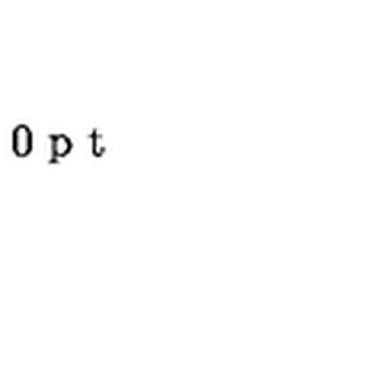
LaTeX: \vspace { 3 0 p t } \special { p s f i l e = 3 - 7 . p s }